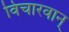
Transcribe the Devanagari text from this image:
विचारवान्